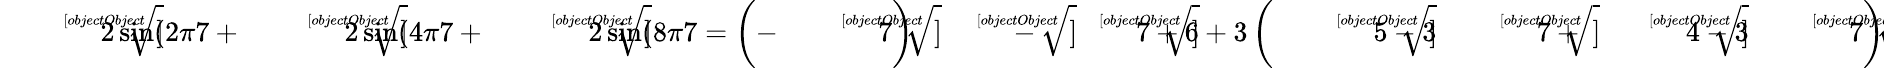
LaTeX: {\sqrt[[objectObject]]{2\sin({2\pi}{7}}}+{\sqrt[[objectObject]]{2\sin({4\pi}{7}}}+{\sqrt[[objectObject]]{2\sin({8\pi}{7}}}=\left(-{\sqrt[[objectObject]]{7}}\right){\sqrt[[objectObject]]{-{\sqrt[[objectObject]]{7}}+6+3\left({\sqrt[[objectObject]]{5-3{\sqrt[[objectObject]]{7}}}}+{\sqrt[[objectObject]]{4-3{\sqrt[[objectObject]]{7}}}}\right)}}